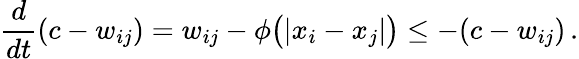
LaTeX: \frac{d}{dt}(c-w_{ij})=w_{ij}-\phi\big(|x_{i}-x_{j}|\big)\leq-(c-w_{ij})\, .